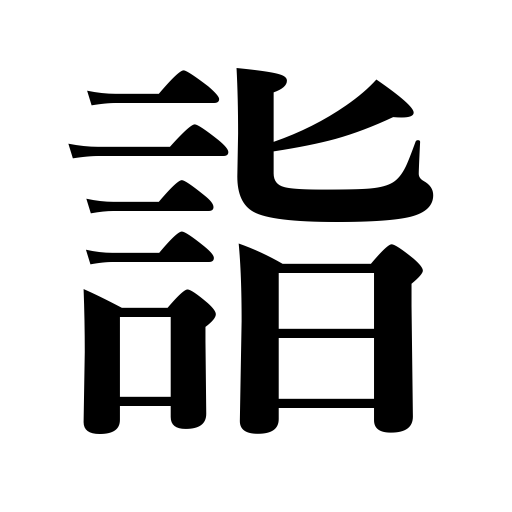
Meanings: visit,come,visit a shrine,go,call,visit a temple or shrine